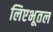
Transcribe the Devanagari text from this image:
लिएभूतल